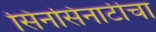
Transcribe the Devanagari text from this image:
सिनसिनाटीचा